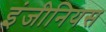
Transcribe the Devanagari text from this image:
इंजीनियस